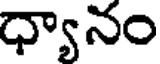
ధ్యానం